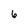
Character: 6